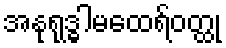
အနုရုဒ္ဓါမထေရ်ဝတ္ထု